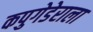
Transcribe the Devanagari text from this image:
कपुगेडेराला